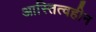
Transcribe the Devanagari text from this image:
आस्तित्वहीन